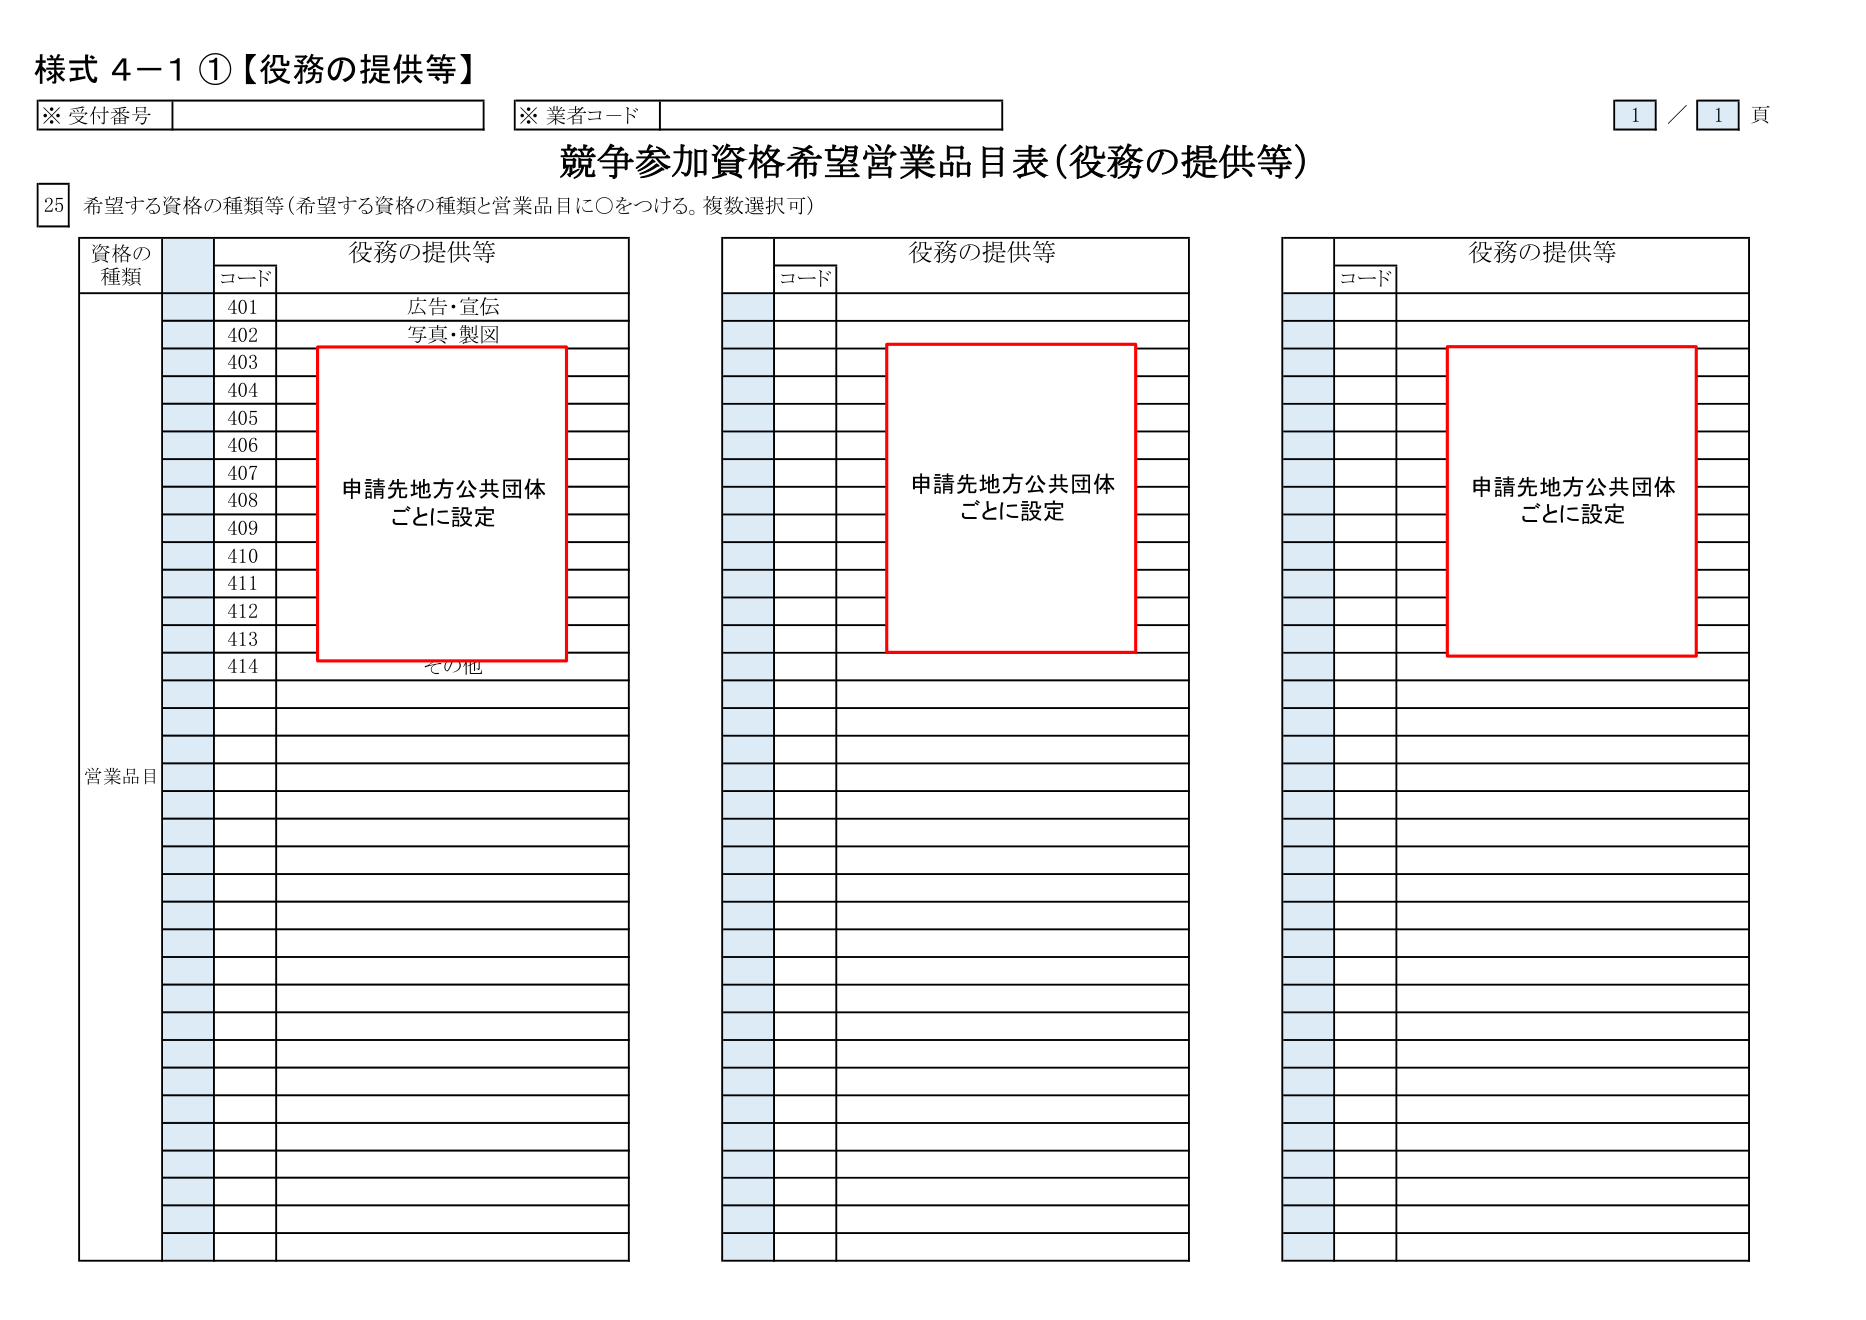
様式 4-1 ①【役務の提供等】

※ 受付番号
※ 業者コード
1 / 1 頁

競争参加資格希望営業品目表（役務の提供等）

25 希望する資格の種類等（希望する資格の種類と営業品目に〇をつける。複数選択可）

資格の
種類
コード
役務の提供等

401 広告・宣伝
402 写真・製図
403
404
405
406
407
408
409
410
411
412
413
414 その他

申請先地方公共団体
ごとに設定

営業品目

コード
役務の提供等

申請先地方公共団体
ごとに設定

コード
役務の提供等

申請先地方公共団体
ごとに設定